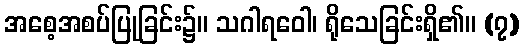
အစေ့အစပ်ပြုခြင်း၌။ သဂါရဝေါ၊ ရိုသေခြင်းရှိ၏။ (၇)